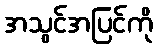
အသွင်အပြင်ကို